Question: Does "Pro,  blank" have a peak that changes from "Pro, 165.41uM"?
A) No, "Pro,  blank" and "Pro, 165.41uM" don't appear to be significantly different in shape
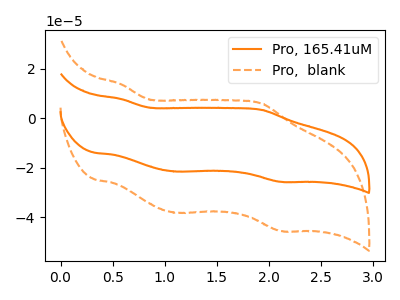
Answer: <think>The orange curve "Pro, 165.41uM" has anodic peaks at (0.60V, 7.70uA) (1.95V, 3.30uA) and cathodic peaks at (1.10V, -21.55uA) (2.15V, -25.70uA). The orange dashed curve "Pro,  blank" has anodic peaks at (0.60V, 13.60uA) (1.95V, 5.90uA) and cathodic peaks at (1.10V, -38.20uA) (2.15V, -45.55uA).
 All the peaks in "Pro,  blank" have a peak in "Pro, 165.41uM" at the same potential. Every peak in "Pro,  blank" is higher than every peak in "Pro, 165.41uM".</think>
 <answer>A) No, "Pro,  blank" and "Pro, 165.41uM" don't appear to be significantly different in shape</answer>
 <eval>A</eval>